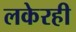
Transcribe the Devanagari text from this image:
लकेरही